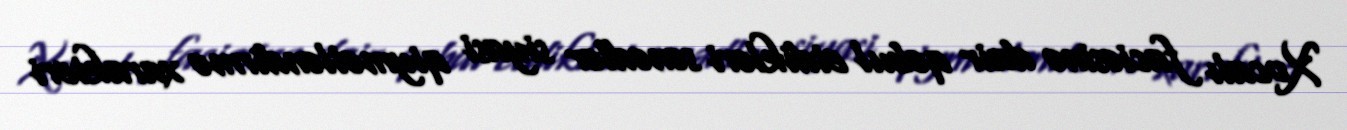
Xocalı faciəsinə dair qəbul etdikləri sənədlər siyasi qiymətləndirmə xarakteri